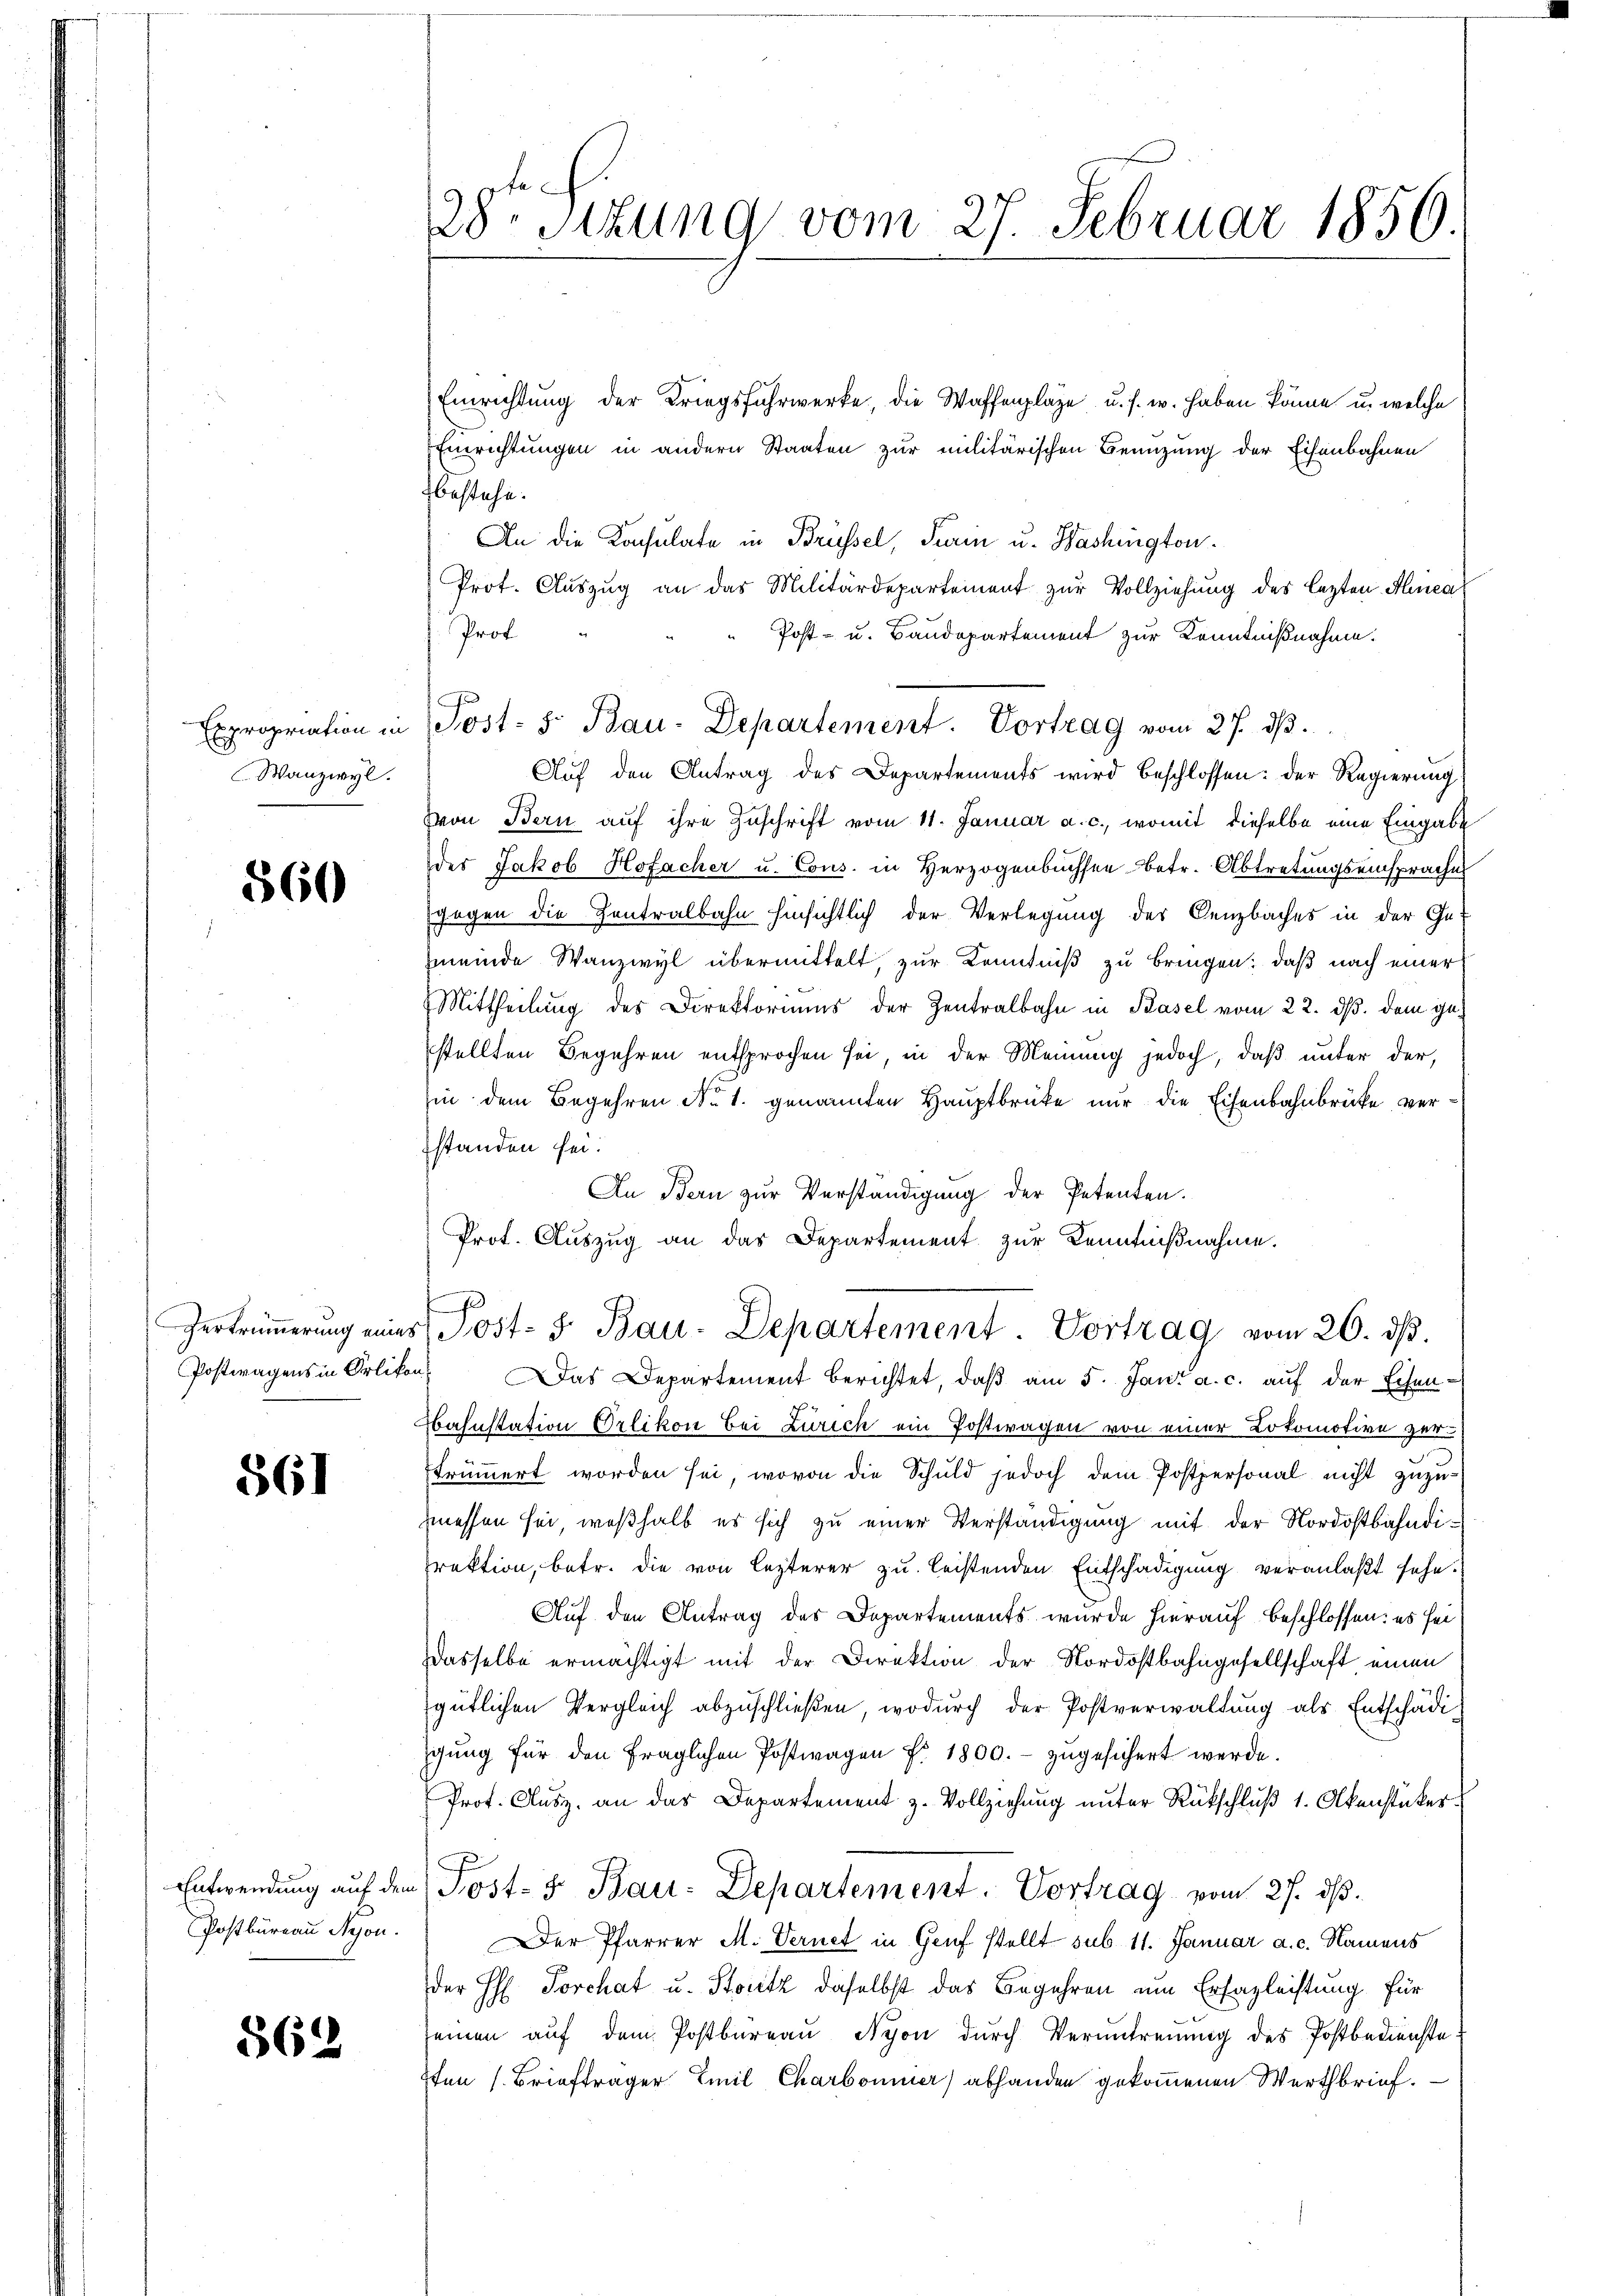
Wanzwyl.

560

Postwagens in Orlikon

561

Postbüreau Nyon.

862

Einrichtung der Kriegsfuhrwerke, die Waffenplage u. s. w. haben könne, u. welche
Einrichtungen in andern Staaten zur militärischen Benuzung der Eisenbahnen
bestehe.
An die Konsulate in Brüssel, Turin u. Washington.
Prot. Auszug an das Militärdepartement zur Vollziehung des lezten Hinca
Prof.
Post- u. Baudepartement zur Kenntnißnahme.
Auf den Antrag des Departements wird beschlossen: der Regierung
von Bern auf ihre Zuschrift vom 11. Januar a. c., womit dieselbe eine Eingabe
des Jakob Hofacher u. Cous. in Herzogenbüchsen Betr. Abtretungseinsprache
gegen die Zentralbahn hinsichtlich der Verlegung der Lenzbaches in der Ge-
meinde Wanzwyl übermittelt, zur Kenntniß zu bringen; daß nach einer
Mittheilung des Direktoriums der Zentralbahn in Basel vom 22. ds. dem gestellten Begehren entsprochen sei, in der Meinung jedoch, daß unter der,
hin dem Begehren No 1. genannten Hauptbrücke nur die Eisenbahnbrücke, verstanden sei.
An Bern zur Verständigung der Petenten.
Prot. Auszug an das Departement zur Kenntnißnahme.
g

28. Sitzung vom 27. Februar 1856.

Expropriation in Post- 5. Bau-Departement. Vortrag vom 27. dβ.

Vertrümmerung eines Post- u. Bau-Departement. Vortrag vom 26. dβ.

Das Departement berichtet, daβ am 5. Jani a. c. auf der Eisens
Kahnstation Orlikon bei Zürich ein Postwagen von einer Lokomotive zertrümmert worden sei, wovon die Schuld jedoch dem Postpersonal nicht zŭzŭ-
messen sei, weßhalb es sich zu einer Verständigung mit der Nordostbahndirektion, betr. die von lezterer zu leistenden Entschädigung veranlaßt sehe.
Auf den Antrag des Departements wurde hierauf beschlossen: es seidasselbe ermächtigt mit der Direktion der Nordostbahngesellschaft einen
gütlichen Vergleich abzuschließen, wodurch der Postverwaltung als Entschädiigung für den fraglichen Postwagen fr. 1800.- zŭgesichert werde.
Prot. Ausz, an das Departement z. Vollziehung unter Rückschluß 1. Akenstücker
Entwendung auf dem Post- & Bau-Departement. Vortrag vom 27. ds.
Der Pfarrer M. Vernet in Genf stellt sub 11. Januar a. c. Namens
der H. Porchat u. Stutz daselbst das Begehren um Erfagleistung für
seinen aŭf dem Postbüreaŭ Nyon dŭrch Veruntreuung des Postbedienste
7ten Briefträger Emil Charbonnier abhanden gekommenen Werthbrief.